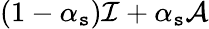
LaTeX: (1-\alpha_{\mathtt{s}})\mathcal{{I}}+\alpha_{\mathtt{s}}\mathcal{{A}}